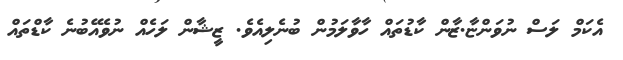
އެކަމް ލަސް ނުވަންޏާ.ޒާން ކާޑުތައް ހާވާލަމުން ބުނެލިއެވެ. ޒީޝާން ލަހެއް ނުވެއޭބުނެ ކާޑްތައް